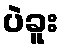
ပဲခူး